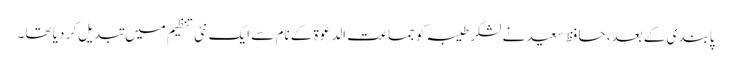
پابندی کے بعد، حافظ سعید نے لشکر طیبہ کو جماعت الدعوة کے نام سے ایک نئی تنظیم میں تبدیل کر دیا تھا۔